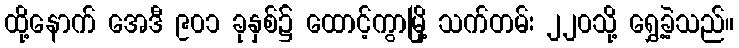
ထို့နောက် အေဒီ ၉၀၁ ခုနှစ်၌ ထောင့်ကွာမြို့ သက်တမ်း ၂၂၀သို့ ရွှေ့ခဲ့သည်။